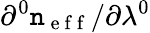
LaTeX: \partial^{0}\mathtt{n}_{\mathrm{{~e~f~f~}}}/\partial\lambda^{0}